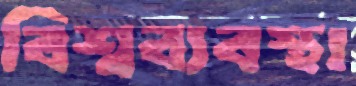
বিশ্বব্যবস্থা